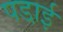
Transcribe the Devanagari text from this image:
पडा़ई